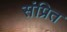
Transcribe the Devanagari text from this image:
संप्रित